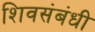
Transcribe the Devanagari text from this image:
शिवसंबंधी